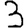
Digit: 3